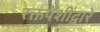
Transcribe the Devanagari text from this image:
रक्तपेशींद्वारे